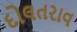
દોલતરાવ